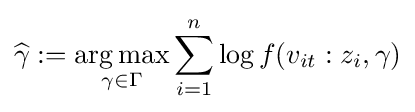
{\widehat {\gamma }}:={\underset {\gamma \in \Gamma }{\operatorname {arg\max } }}\sum _{i=1}^{n}\log f(v_{it}:z_{i},\gamma )